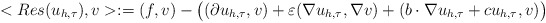
\begin{align*}<Res(u_{h,\tau}),v>:=(f,v)-\big((\partial u_{h,\tau},v) +\varepsilon (\nabla u_{h,\tau},\nabla v) + (b\cdot\nabla u_{h,\tau} + cu_{h,\tau},v)\big)\end{align*}